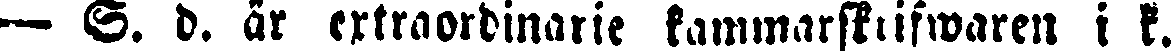
— S. d. är ertraordinarie kammarskrifwaren i k.